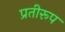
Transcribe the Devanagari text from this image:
प्रतीरूप